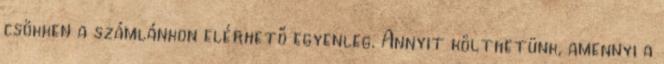
csökken a számlánkon elérhető egyenleg. Annyit költhetünk, amennyi a